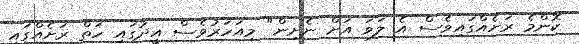
ކޮންމެ ރަށެއްގައިވެސް އެ ލަވަ އަށް ނެށިން" މިއަހަރުވެސް އީދުގައި ހަތް ރަށެއްގައި